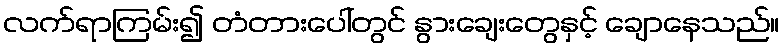
လက်ရာကြမ်း၍ တံတားပေါ်တွင် နွားချေးတွေနှင့် ချောနေသည်။